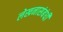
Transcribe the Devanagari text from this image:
लेखनासंबंधी